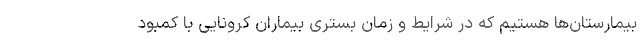
بیمارستان‌ها هستیم که در شرایط و زمان بستری بیماران کرونایی با کمبود